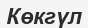
Көкгүл